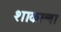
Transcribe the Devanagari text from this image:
शाकाला